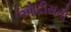
ઓટીસની